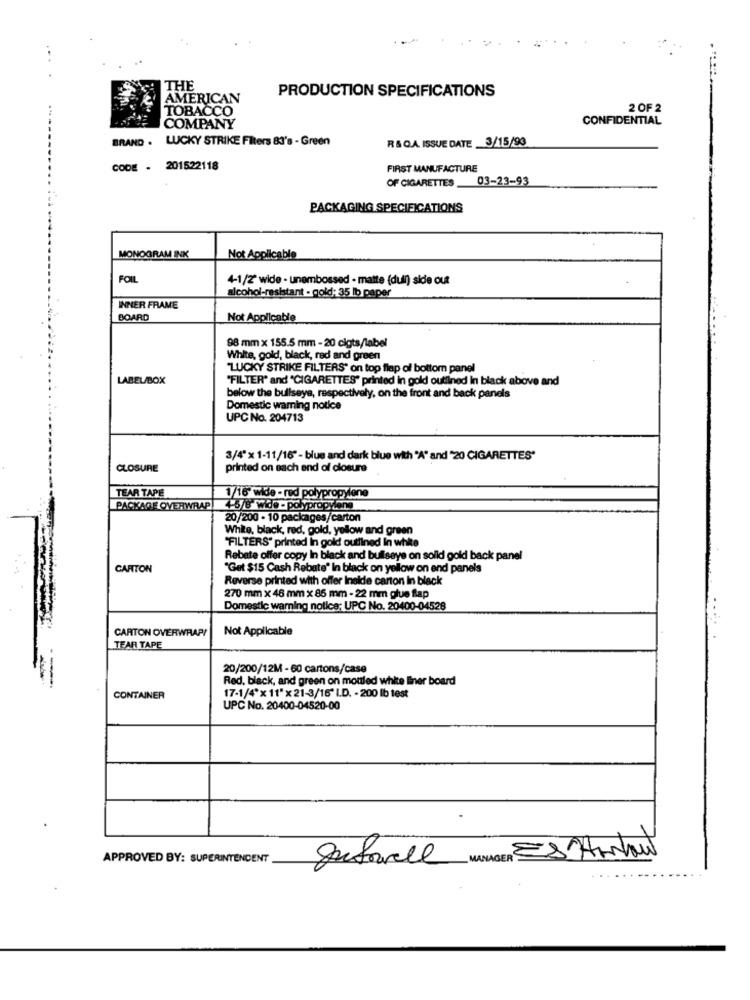
...
THE
PRODUCTION SPECIFICATIONS
AMERICAN
TOBACCO
2 OF 2
COMPANY
CONFIDENTIAL
BRAND .
LUCKY STRIKE Filters 83's - Green
R &QA ISSUE DATE _3/15/93
CODE - 201522118
FIRST MANUFACTURE
OF CIGARETTES 03-23-93
PACKAGING SPECIFICATIONS
MONOGRAM INK
Not Applicable
FOIL
4-1/2' wide - unembossed - matte (dull) side out
alcohol-resistant - gold: 35 lb paper
INNER FRAME
BOARD
Not Applicable
98 mm x 155.5 mm - 20 cigts/label
White, gold, black, red and green
"LUCKY STRIKE FILTERS" on top flap of bottom panel
LABEL/BOX
"FILTER" and "CIGARETTES" printed In gold outlined In black above and
below the bullseye, respectively, on the front and back panels
Domestic warning notice
UPC No. 204713
3/4"x 1-11/16" - blue and dark blue with "A" and "20 CIGARETTES"
CLOSURE
printed on each end of closure
TEAR TAPE
1/16 wide - red polypropylene
PACKAGE OVERWRAP
4-5/8" wide - polypropylang
20/200 - 10 packages/carton
White, black, red, gold, yellow and green
"FILTERS" printed in gold outlined In white
Rebate offer copy In black and bullseye on solid gold back panel
CARTON
"Get $15 Cash Rebate" In black on yellow on end panels
Reverse printed with offer Ineide carton in black
270 mm x 48 mm x 85 mm - 22 mm glue flap
Domestic warning notice; UPC No. 20400-04528
CARTON OVERWRAP!
Not Applicable
TEAR TAPE
20/200/12M - 60 cartons/case
Red. black, and green on mouled white liner board
CONTAINER
17-1/4"x 11"x21-3/16" LD. - 200 lb test
UPC No. 20400-04520-00
APPROVED BY: SUPERINTENDENT